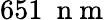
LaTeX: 651~\mathrm{~n~m~}